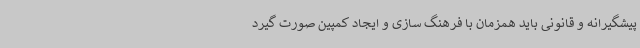
پیشگیرانه و قانونی باید همزمان با فرهنگ سازی و ایجاد کمپین صورت گیرد